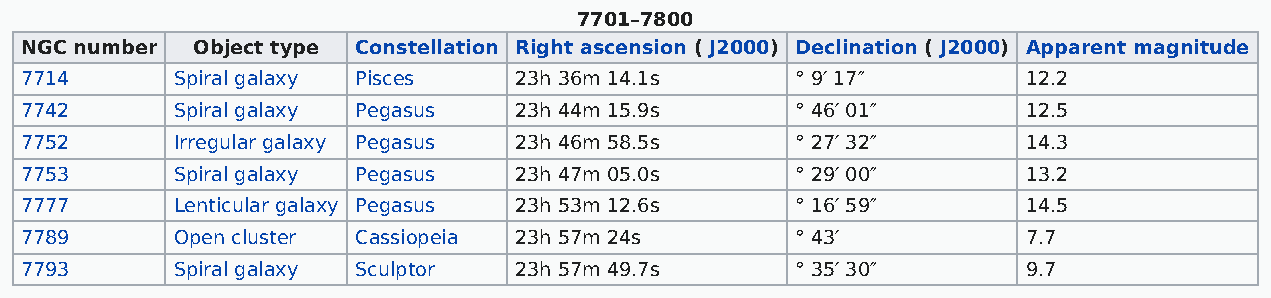
7701–7800
 NGC number  Object type Constellation Right ascension ( J2000) Declination ( J2000) Apparent magnitude
 7714      Spiral galaxy Pisces   23h 36m 14.1s      ° 9′ 17″       12.2
 7742      Spiral galaxy Pegasus  23h 44m 15.9s      ° 46′ 01″      12.5
 7752      Irregular galaxy Pegasus 23h 46m 58.5s    ° 27′ 32″      14.3
 7753      Spiral galaxy Pegasus  23h 47m 05.0s      ° 29′ 00″      13.2
 7777      Lenticular galaxy Pegasus 23h 53m 12.6s   ° 16′ 59″      14.5
 7789      Open cluster Cassiopeia 23h 57m 24s       ° 43′          7.7
 7793      Spiral galaxy Sculptor 23h 57m 49.7s      ° 35′ 30″      9.7